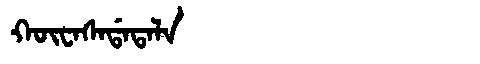
Manchu: ᡴᡡᠸᠠᠰᠠᡩᠠᡨᠠᠯᠠ
Romanization: KŪWASADATALA